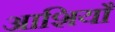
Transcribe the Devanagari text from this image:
आशियाँ